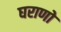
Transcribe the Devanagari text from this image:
घराणो